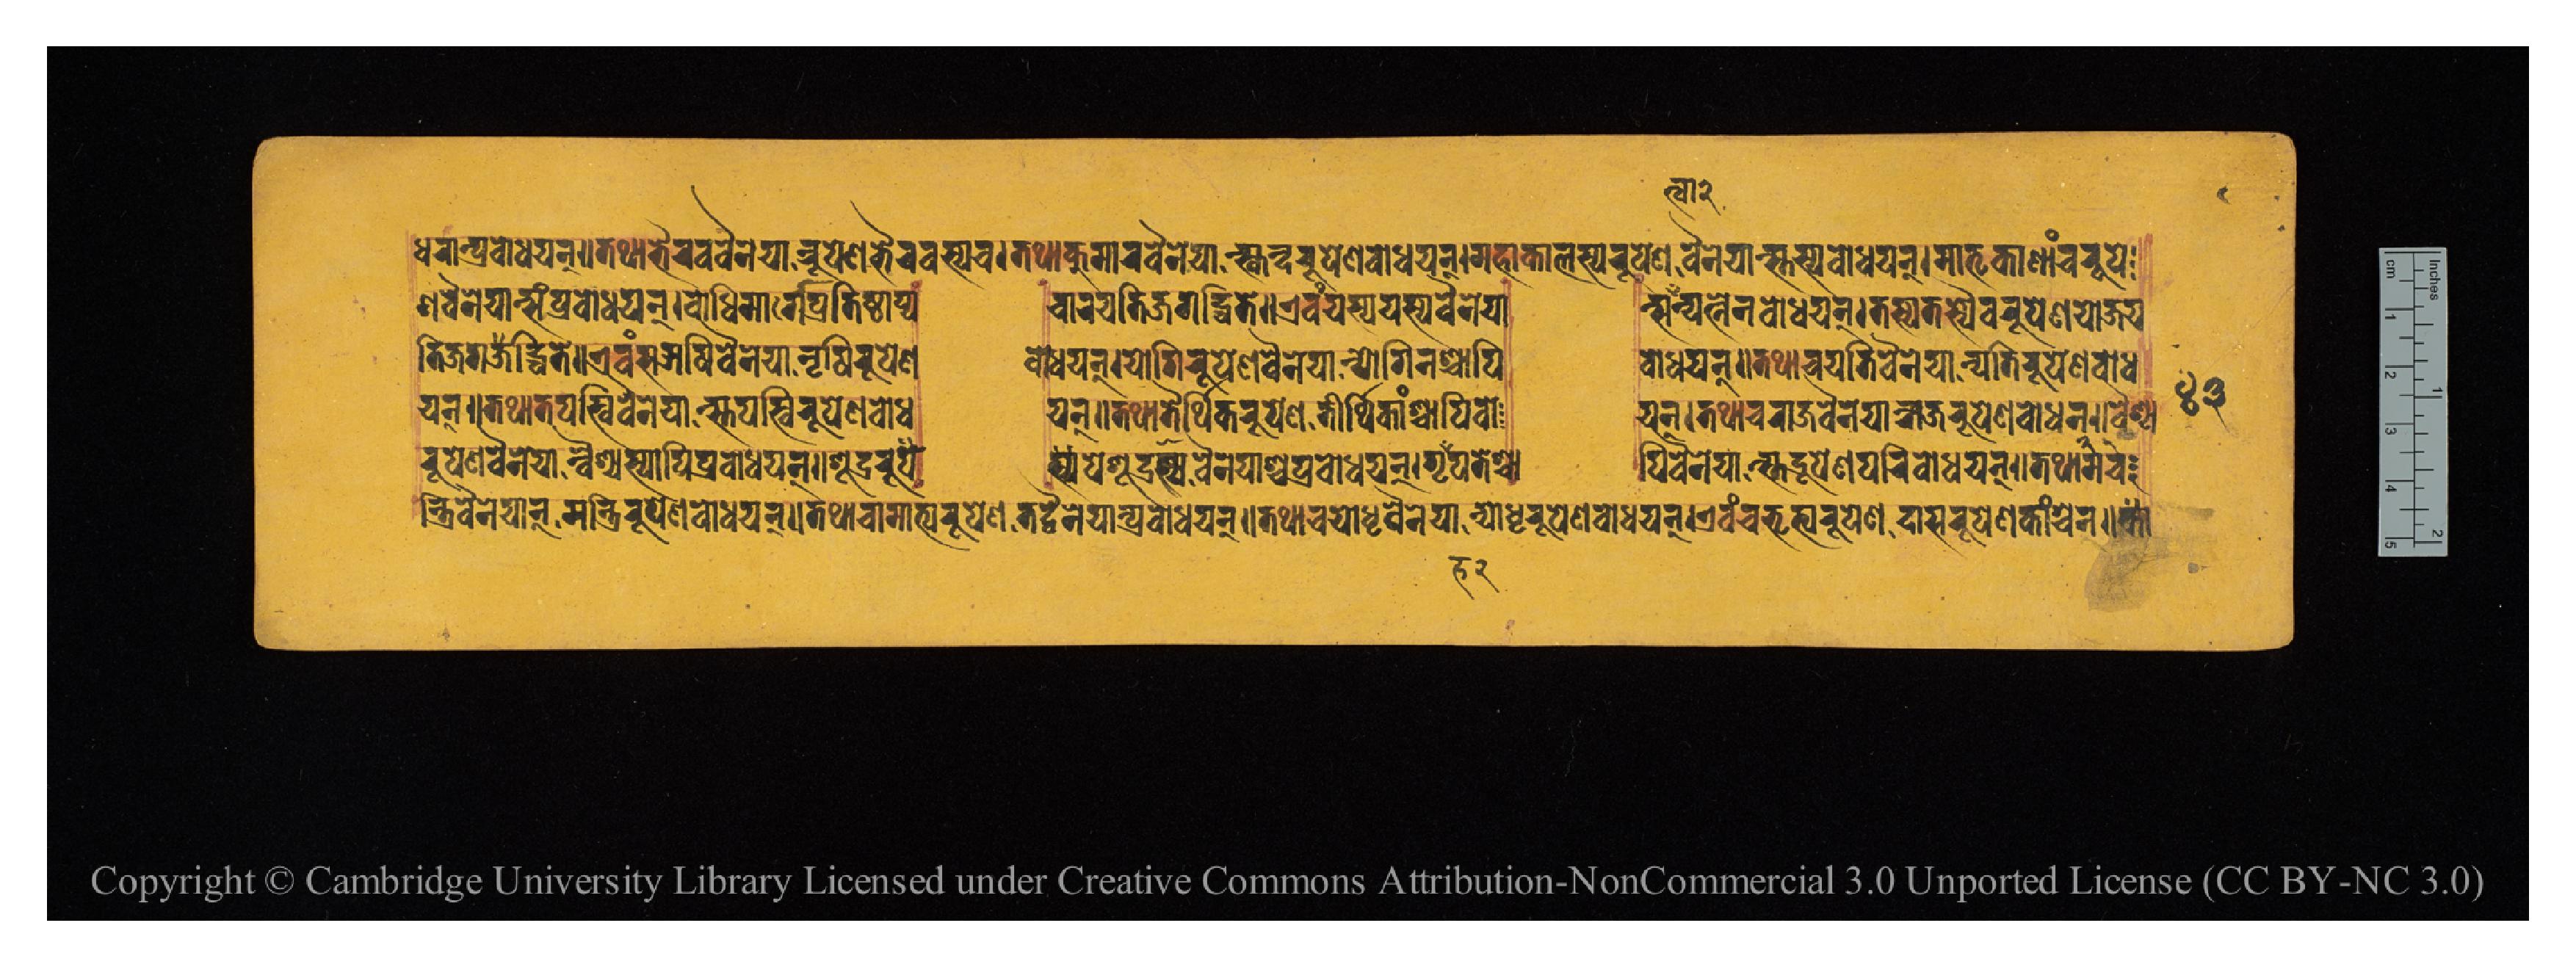
𑐢𑐬𑐵𑐣𑑂𑐥𑑂𑐬𑐧𑑀𑐢𑐫𑐣𑑂𑑌𑐟𑐠𑐵𑐨𑐿𑐬𑐰𑐰𑐿𑐣𑐾𑐫𑐵𑐣𑑂𑐬𑐸𑐥𑐾𑐞𑐨𑐿𑐬𑐰𑐳𑑂𑐫𑐔𑑋𑐟𑐠𑐵𑐎𑐸𑐩𑐵𑐬𑐰𑐿𑐣𑐾𑐫𑐵𑐣𑑂𑐳𑑂𑐎𑐣𑑂𑐡𑐬𑐸𑐥𑐾𑐞𑐧𑑀𑐢𑐫𑐣𑑂𑑋𑐩𑐴𑐵𑐎𑐵𑐮𑐳𑑂𑐫𑐬𑐸𑐥𑐾𑐞𑐰𑐿𑐣𑐾𑐫𑐵𑑄𑐳𑑂𑐟𑐳𑑂𑐫𑐧𑑀𑐢𑐫𑐣𑑂𑑋𑐩𑐵𑐟𑐺𑐎𑐵𑐞𑐵𑐘𑑂𑐔𑐬𑐸𑐥𑐾 𑐞𑐰𑐿𑐣𑐾𑐫𑐵𑐣𑑂𑐳𑑄𑐥𑑂𑐬𑐧𑑀𑐢𑐫𑐣𑑂𑑋𑐧𑑀𑐢𑐶𑐩𑐵𑐬𑑂𑐐𑐾𑐥𑑂𑐬𑐟𑐶𑐲𑑂𑐛𑐵𑐥𑑂𑐫  𑐔𑐵𑐬𑐫𑐟𑐶𑐖𑐐𑐡𑑂𑐢𑐶𑐟𑐾𑑌𑐊𑐰𑑄𑐫𑐳𑑂𑐫𑐫𑐳𑑂𑐫𑐰𑐿𑐣𑐾𑐫𑐵  𑐣𑑂𑐳𑐟𑑂𑐰𑐵𑐣𑑂𑐫𑐣𑑂𑐟𑐾𑐣𑐧𑑀𑐢𑐫𑐣𑑂𑑋𑐟𑐳𑑂𑐫𑐟𑐳𑑂𑐫𑐿𑐰𑐬𑐸𑐥𑐾𑐞𑐫𑑀𑐖𑐫  𑐟𑐶𑐖𑐐𑐡𑑂𑐢𑐶𑐟𑐾𑑌𑐊𑐰𑑄𑐳𑐆𑐲𑐶𑐰𑐿𑐣𑐾𑐫𑐵𑐣𑐺𑐲𑐶𑐬𑐸𑐥𑐾𑐞  𑐧𑑀𑐢𑐫𑐣𑑂𑑋𑐫𑑀𑐐𑐶𑐬𑐸𑐥𑐾𑐞𑐰𑐿𑐣𑐾𑐫𑐵𑐣𑑂𑐫𑑀𑐐𑐶𑐣𑐱𑑂𑐔𑐵𑐥𑐶  𑐧𑑀𑐢𑐫𑐣𑑂𑑌𑐟𑐠𑐵𑐔𑐫𑐟𑐶𑐰𑐿𑐣𑐾𑐫𑐵𑐣𑑂𑐫𑐟𑐶𑐬𑐸𑐥𑐾𑐞𑐧𑑀𑐢 𑐫𑐣𑑂𑑌𑐟𑐠𑐵𑐟𑐥𑐳𑑂𑐰𑐰𑐿𑐣𑐾𑐫𑐵𑑄𑐳𑑂𑐟𑐥𑐳𑑂𑐰𑐶𑐬𑐸𑐥𑐾𑐞𑐧𑑀𑐢  𑐫𑐣𑑂𑑌𑐟𑐠𑐵𑐟𑐿𑐬𑑂𑐠𑐶𑐎𑐬𑐸𑐥𑐾𑐞𑐟𑐷𑐬𑑂𑐠𑐶𑐎𑐵𑑄𑐱𑑂𑐔𑐵𑐥𑐶𑐧𑑀  𑐫𑐣𑑂𑑋𑐟𑐠𑐵𑐔𑐬𑐵𑐖𑐰𑐿𑐣𑐾𑐫𑐵𑐣𑑂𑐬𑐵𑐖𑐬𑐸𑐥𑐾𑐞𑐧𑑀𑐢𑐫𑐣𑑂𑑌𑐰𑐿𑐱𑑂𑐫 𑐬𑐸𑐥𑐾𑐞𑐰𑐿𑐣𑐾𑐫𑐵𑐣𑑂𑐰𑐿𑐱𑑂𑐫𑐳𑑂𑐫𑐵𑐥𑐶𑐥𑑂𑐬𑐧𑑀𑐢𑐫𑐣𑑂𑑋𑐱𑐹𑐡𑑂𑐬𑐬𑐸𑐥𑐾  𑐳𑑂𑐫𑐥𑐾𑐱𑐹𑐡𑑂𑐬𑐳𑑂𑐫𑐰𑐿𑐣𑐾𑐫𑐵𑐱𑑂𑐔𑐥𑑂𑐬𑐧𑑀𑐢𑐫𑐣𑑂𑐐𑐺𑐴𑐥𑐟𑐾𑐱𑑂𑐔𑐵  𑐥𑐶𑐰𑐿𑐣𑐾𑐫𑐵𑑄𑐳𑑂𑐟𑐡𑑂𑐬𑐹𑐥𑐾𑐞𑐥𑑂𑐬𑐧𑑀𑐢𑐫𑐣𑑂𑑌𑐟𑐠𑐵𑐔 𑐣𑑂𑐟𑑂𑐬𑐷𑐰𑐿𑐣𑐾𑐫𑐵𑐣𑑂𑐩𑑄𑐟𑑂𑐬𑐷𑐬𑐸𑐥𑐾𑐞𑐧𑑀𑐢𑐫𑐣𑑂𑑌𑐟𑐠𑐵𑐔𑐵𑐩𑐵𑐟𑑂𑐫𑐬𑐸𑐥𑐾𑐞𑐟𑐡𑑂𑐰𑐿𑐣𑐾𑐫𑐵𑐣𑑂𑐥𑑂𑐬𑐧𑑀𑐢𑐫𑐣𑑂𑑌𑐟𑐠𑐵𑐔𑐫𑑀𑐢𑐺𑐰𑐿𑐣𑐾𑐫𑐵𑐣𑑂𑐫𑑀𑐢𑐺𑐬𑐹𑐥𑐾𑐞𑐧𑑀𑐢𑐫𑐣𑑂𑑌𑐊𑐰𑑄𑐔𑐨𑐺𑐟𑑂𑐫𑐬𑐸𑐥𑐾𑐞𑐡𑐵𑐳𑐬𑐸𑐥𑐾𑐞𑐎𑐵𑑄𑐱𑑂𑐔𑐣𑑋𑐎𑐵𑑄 𑑔𑑓